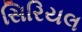
સિરિયલ